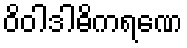
ဝိဝါဒါဓိကရဏေ